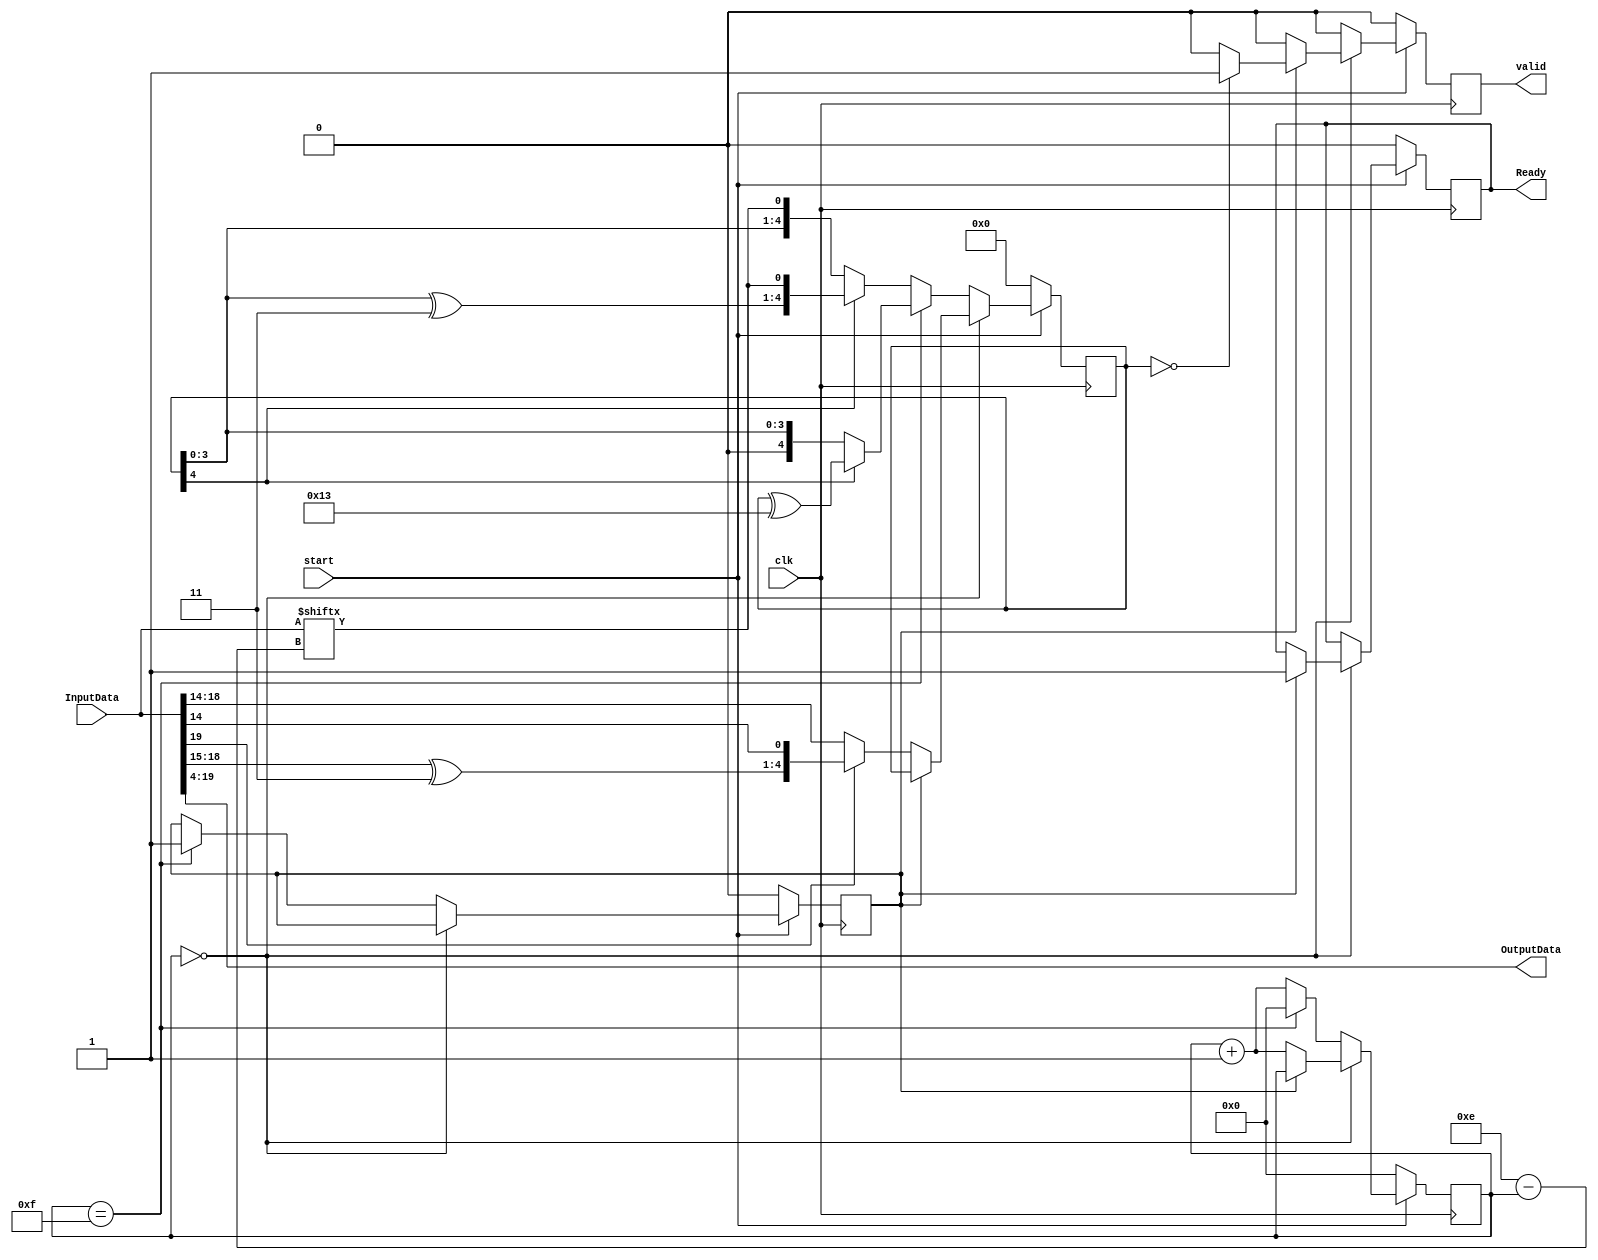
module CRC_Decoder #(
    parameter INPUT_BITS = 20,
    parameter OUTPUT_BITS = INPUT_BITS - 4
    )
    (
        input clk,
        input start,
        input[INPUT_BITS-1:0] InputData,
        output reg Ready,
        output reg valid,
        output [OUTPUT_BITS-1:0] OutputData
    );

    wire[4:0] Divisor = 5'b10011;
    reg[4:0] Divident;

    reg[15:0] Counter;
    reg endOfOp;

    assign OutputData = InputData[INPUT_BITS-1:4];

    always @(posedge clk) begin
        if(!start) begin
            // OutputData <= 0;
            Counter <= 0;
            Ready <= 0;
            endOfOp <= 0;
            Divident <= 0;
            valid <= 0;
        end else begin
            valid <= 0;
            if(!Counter)
                if(!endOfOp) begin
                    if(InputData[INPUT_BITS-1])
                        Divident <= 
                            {(InputData[INPUT_BITS-2:INPUT_BITS-5] ^ Divisor[3:0]),
                                InputData[INPUT_BITS-6]};
                    else
                        Divident <= {InputData[INPUT_BITS-2:INPUT_BITS-5],
                            InputData[INPUT_BITS-6]};
                    Counter <= Counter + 1;
                end else begin
                    if(Divident == 0) begin
                        valid <= 1;
                    end
                    // else begin
                    //     OutputData <= 0; // ??
                    // end
                    Ready <= 1;
                end
            else begin
                Counter <= Counter + 1;
                if(Counter == INPUT_BITS-5) begin
                    endOfOp <= 1;
                    Counter <= 0;
                    if(Divident[4])
                        Divident <= Divident ^ Divisor;
                end else begin
                    if(Divident[4])
                        Divident <= {(Divident[3:0] ^ Divisor[3:0]),
                            InputData[INPUT_BITS - 6 - Counter]};
                    else
                        Divident <= {Divident[3:0], InputData[INPUT_BITS - 6 - Counter]};
                end
            end
        end
    end

endmodule